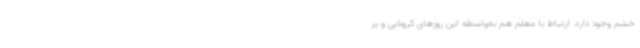
خشم وجود دارد. ارتباط با معلم هم به‌واسطه این روزهای کرونایی و پر